Report on the lunatic asylums under the Government of Bombay - 1904-1913
Year: 1904
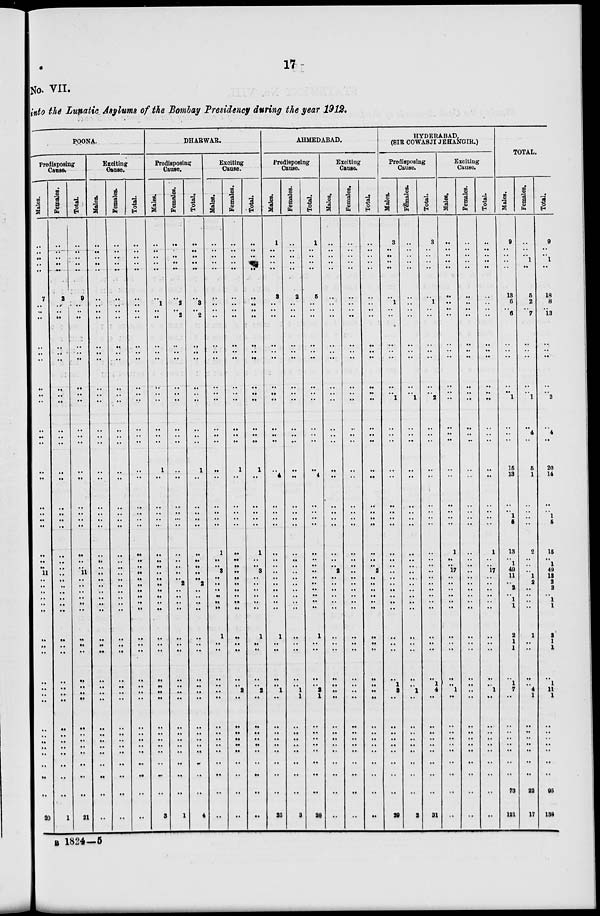
17
No. VII.
into the Lunatic Asylums of the Bombay Presidency during the year 1912.
POONA.
Predisposing
Cause.
Males.
..
..
..
..
..
7
..
..
..
..
..
..
..
..
..
..
..
..
..
..
..
..
..
..
..
..
..
11
..
..
..
..
..
..
..
..
..
..
..
..
..
..
..
..
..
..
..
..
20
Females.
..
..
..
..
..
2
..
..
..
..
..
..
..
..
..
..
..
..
..
..
..
..
..
..
..
..
..
..
..
..
..
..
..
..
..
..
..
..
..
..
..
..
..
..
..
..
..
..
1
Total.
..
..
..
..
..
9
..
..
..
..
..
..
..
..
..
..
..
..
..
..
..
..
..
..
..
..
..
11
..
..
..
..
..
..
..
..
..
..
..
..
..
..
..
..
..
..
..
..
21
Exciting
Cause.
Males.
..
..
..
..
..
..
..
..
..
..
..
..
..
..
..
..
..
..
..
..
..
..
..
..
..
..
..
..
..
..
..
..
..
..
..
..
..
..
..
..
..
..
..
..
..
..
..
..
..
Females.
..
..
..
..
..
..
..
..
..
..
..
..
..
..
..
..
..
..
..
..
..
..
..
..
..
..
..
..
..
..
..
..
..
..
..
..
..
..
..
..
..
..
..
..
..
..
..
..
..
Total.
..
..
..
..
..
..
..
..
..
..
..
..
..
..
..
..
..
..
..
..
..
..
..
..
..
..
..
..
..
..
..
..
..
..
..
..
..
..
..
..
..
..
..
..
..
..
..
..
..
DHARWAR.
Predisposing
Cause.
Males.
..
..
..
..
..
..
1
..
..
..
..
..
..
..
..
..
..
..
1
..
..
..
..
..
..
..
..
..
..
..
..
..
..
..
..
..
..
..
..
..
..
..
..
..
..
..
..
..
3
Females.
..
..
..
..
..
..
2
..
2
..
..
..
..
..
..
..
..
..
..
..
..
..
..
..
..
..
..
..
..
2
..
..
..
..
..
..
..
..
..
..
..
..
..
..
..
..
..
..
1
Total.
..
..
..
..
..
..
3
..
2
..
..
..
..
..
..
..
..
..
1
..
..
..
..
..
..
..
..
..
..
2
..
..
..
..
..
..
..
..
..
..
..
..
..
..
..
..
..
..
4
Exciting
Cause.
Males.
..
..
..
..
..
..
..
..
..
..
..
..
..
..
..
..
..
..
..
..
..
..
..
..
1
..
..
3
..
..
..
..
..
..
1
..
..
..
..
..
..
..
..
..
..
..
..
..
..
Females.
..
..
..
..
..
..
..
..
..
..
..
..
..
..
..
..
..
..
1
..
..
..
..
..
..
..
..
..
..
..
..
..
..
..
..
..
..
..
..
2
..
..
..
..
..
..
..
..
..
Total.
..
..
..
..
..
..
..
..
..
..
..
..
..
..
..
..
..
..
1
..
..
..
..
..
1
..
.. 3
..
..
..
..
..
..
1
..
..
..
..
2
..
..
..
..
..
..
..
..
..
AHMEDABAD.
Predisposing
Cause.
Males.
1
..
..
..
..
3
..
..
..
..
..
..
..
..
..
..
..
..
..
4
..
..
..
..
..
..
..
..
..
..
..
..
..
..
1
..
..
..
..
1
..
..
..
..
..
..
..
..
25
Females.
..
..
..
..
..
2
..
..
..
..
..
..
..
..
..
..
..
..
..
..
..
..
..
..
..
..
..
..
..
..
..
..
..
..
..
..
..
..
..
1
1
..
..
..
..
..
..
..
3
Total.
1
..
..
..
..
5
..
..
..
..
..
..
..
..
..
..
..
..
..
4
..
..
..
..
..
..
..
..
..
..
..
..
..
..
1
..
..
..
..
2
1
..
..
..
..
..
..
..
28
Exciting
Cause.
Males.
..
..
..
..
..
..
..
..
..
..
..
..
..
..
..
..
..
..
..
..
..
..
..
..
..
..
.. 2
..
..
..
..
..
..
..
..
..
..
..
..
..
..
..
..
..
..
..
..
..
Females.
..
..
..
..
..
..
..
..
..
..
..
..
..
..
..
..
..
..
..
..
..
..
..
..
..
..
..
..
..
..
..
..
..
..
..
..
..
..
..
..
..
..
..
..
..
..
..
..
..
Total.
..
..
..
..
..
..
..
..
..
..
..
..
..
..
..
..
..
..
..
..
..
..
..
..
..
..
..
2
..
..
..
..
..
..
..
..
..
..
..
..
..
..
..
..
..
..
..
..
..
HYDERABAD.
(SIR COWASJI JEHANGIR.)
Predisposing
Cause.
Males.
3
..
..
..
..
..
1
..
..
..
..
..
..
..
1
..
..
..
..
..
..
..
..
..
..
..
..
..
..
..
..
..
..
..
..
..
..
..
1
3
..
..
..
..
..
..
..
..
29
Females.
..
..
..
..
..
..
..
..
..
..
..
..
..
..
1
..
..
..
..
..
..
..
..
..
..
..
..
..
..
..
..
..
..
..
..
..
..
..
..
1
..
..
..
..
..
..
..
..
2
Total.
3
..
..
..
..
..
1
..
..
..
..
..
..
..
2
..
..
..
..
..
..
..
..
..
..
..
..
..
..
..
..
..
..
..
..
..
..
..
1
4
..
..
..
..
..
..
..
..
31
Exciting
Cause.
Males.
..
..
..
..
..
..
..
..
..
..
..
..
..
..
..
..
..
..
..
..
..
..
..
..
1
..
..
17
..
..
..
..
..
..
..
..
..
..
..
1
..
..
..
..
..
..
..
..
..
Females.
..
..
..
..
..
..
..
..
..
..
..
..
..
..
..
..
..
..
..
..
..
..
..
..
..
..
..
..
..
..
..
..
..
..
..
..
..
..
..
..
..
..
..
..
..
..
..
..
..
Total.
..
..
..
..
..
..
..
..
..
..
..
..
..
..
..
..
..
..
..
..
..
..
..
..
1
..
..
17
..
..
..
..
..
..
..
..
..
..
..
1
..
..
..
..
..
..
..
..
..
TOTAL.
Males.
9
..
..
..
..
13
6
..
6
..
..
..
..
.. 1
..
..
..
15
13
..
..
1
5
13
..
1
49
11
..
2
..
1
1
2
1
1
..
1
7
..
..
..
..
..
..
..
73
121
Females.
..
..
..
1
..
5
2
..
7
..
..
..
..
..
1
..
4
..
5
1
..
..
..
..
2
..
..
..
1
2
..
..
..
..
1
..
..
..
..
4
1
..
..
..
..
..
..
22
17
Total.
9
..
..
1
..
18
8
..
13
..
..
..
..
..
2
..
4
..
20
14
..
..
1
5
15
..
1
49
12
2
2
..
1
1
3
1
1
..
1
11
1
..
..
..
..
..
..
95
138
B 1824—5